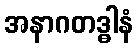
အနာဂတဒ္ဓါနံ